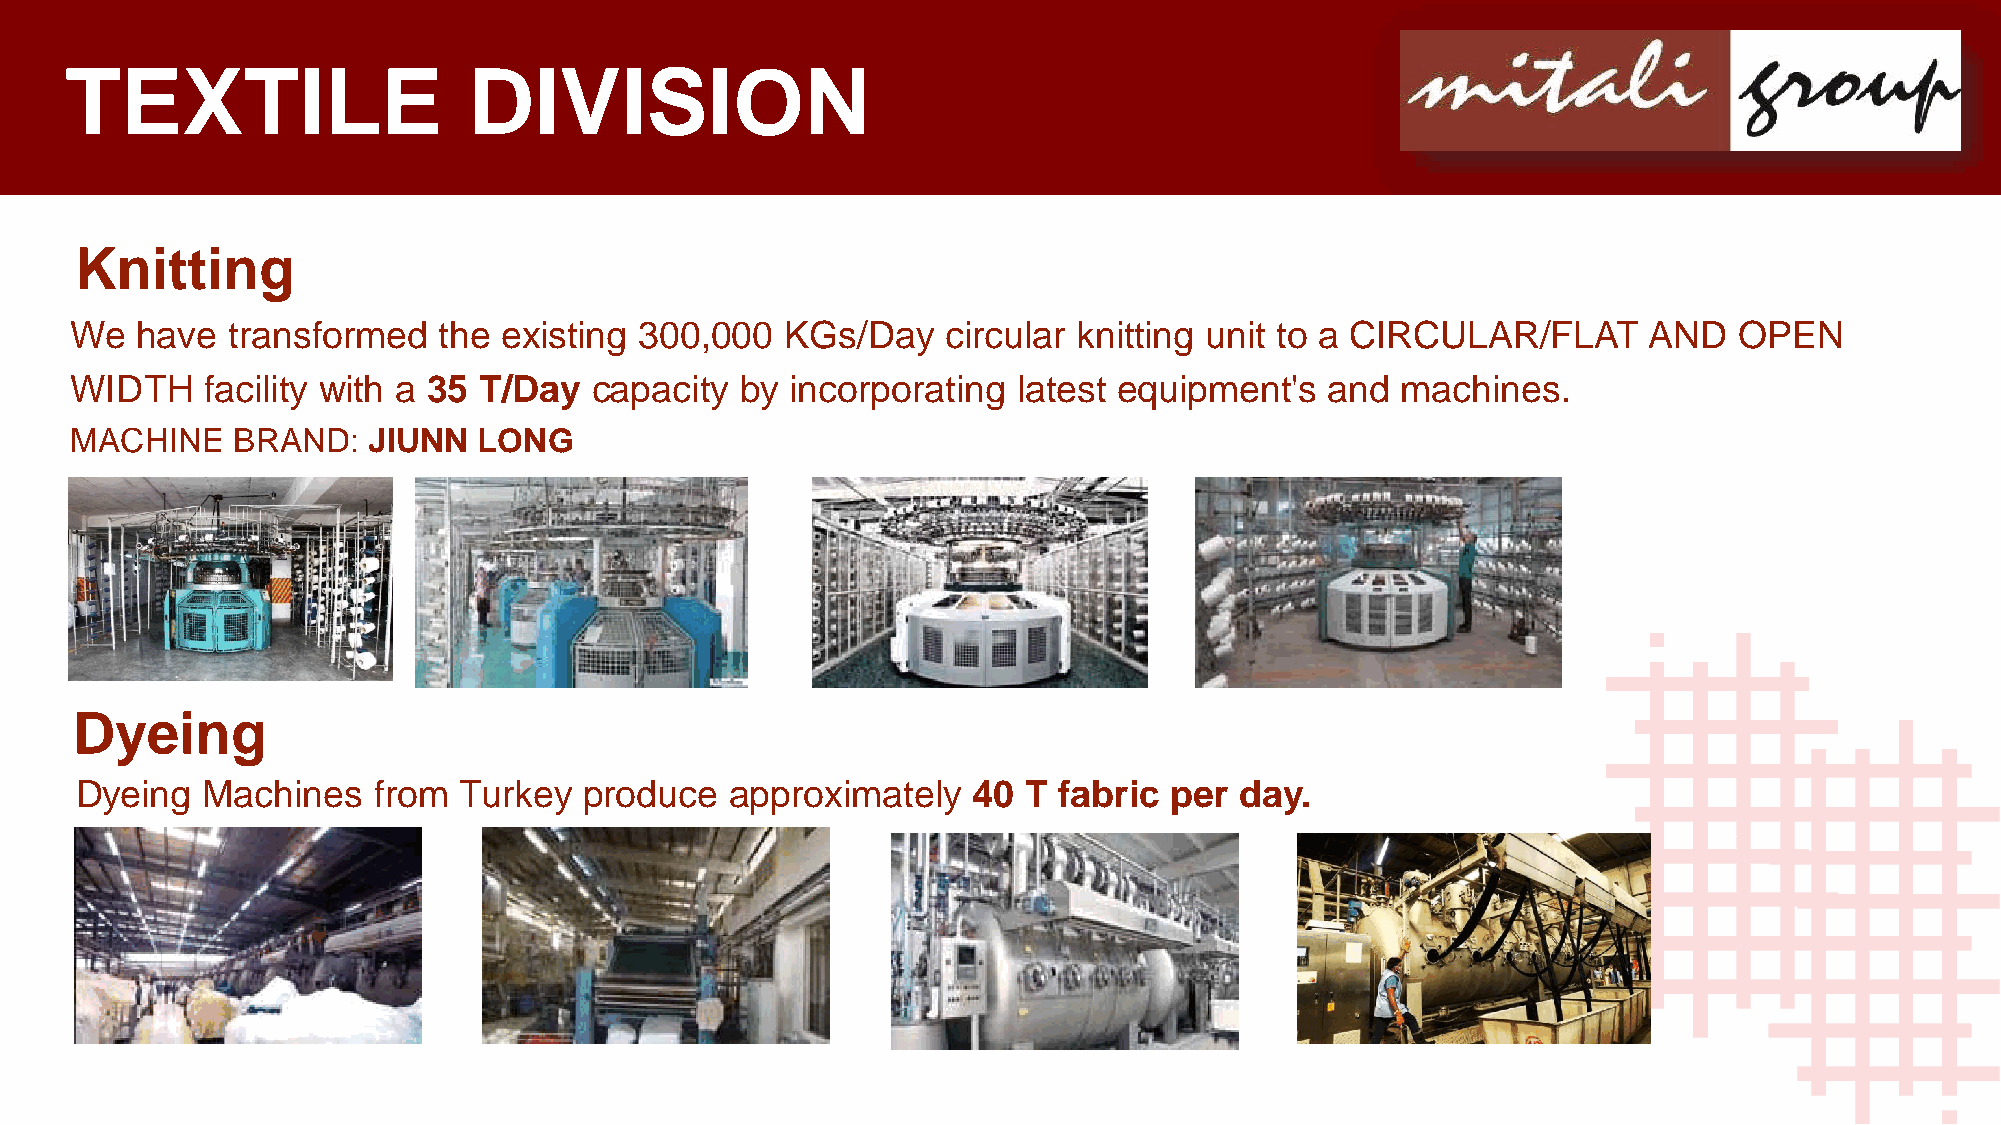
TEXTILE                    DIVISION
 Knitting
 We  have  transformed   the existing 300,000   KGs/Day    circular knitting unit to a CIRCULAR/FLAT     AND   OPEN
 WIDTH   facility with a 35 T/Day  capacity  by incorporating  latest equipment's   and  machines.
 MACHINE   BRAND:   JIUNN   LONG
 Dyeing
 Dyeing  Machines    from Turkey   produce  approximately   40  T fabric per  day.